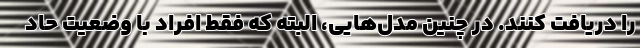
را دریافت کنند. در چنین مدل‌هایی، البته که فقط افراد با وضعیت حاد